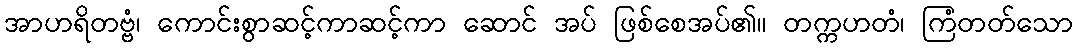
အာဟရိတဗ္ဗံ၊ ကောင်းစွာဆင့်ကာဆင့်ကာ ဆောင် အပ် ဖြစ်စေအပ်၏။ တက္ကဟတံ၊ ကြံတတ်သော